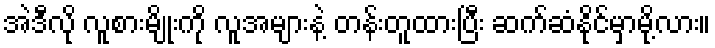
အဲဒီလို လူစားမျိုးကို လူအများနဲ့ တန်းတူထားပြီး ဆက်ဆံနိုင်မှာမို့လား။